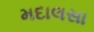
મદાલસા